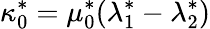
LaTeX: \kappa_{0}^{*}=\mu_{0}^{*}(\lambda_{1}^{*}-\lambda_{2}^{*})